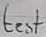
Text: test